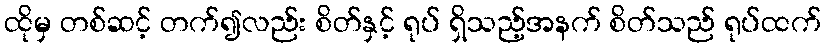
ထိုမှ တစ်ဆင့် တက်၍လည်း စိတ်နှင့် ရုပ် ရှိသည့်အနက် စိတ်သည် ရုပ်ထက်